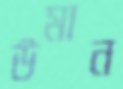
উমান